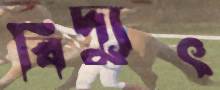
বিদ্যুৎ